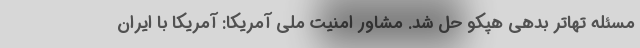
مسئله تهاتر بدهی هپکو حل شد. مشاور امنیت ملی آمریکا: آمریکا با ایران